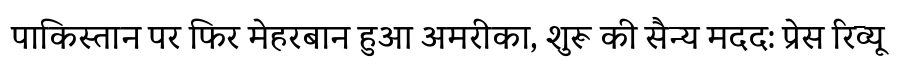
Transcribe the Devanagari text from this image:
पाकिस्तान पर फिर मेहरबान हुआ अमरीका, शुरू की सैन्य मदद: प्रेस रिव्यू